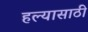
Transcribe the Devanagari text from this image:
हल्यासाठी